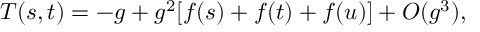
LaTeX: T ( s , t ) = - g + g ^ { 2 } [ f ( s ) + f ( t ) + f ( u ) ] + O ( g ^ { 3 } ) ,